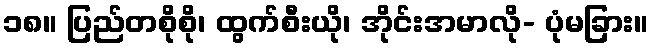
၁၈။ ပြည်တစိုစို၊ ထွက်စီးယို၊ အိုင်းအမာလို- ပုံမခြား။